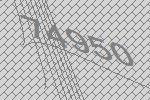
74950